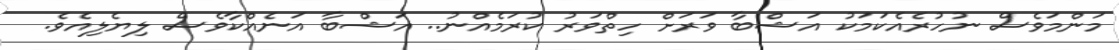
މަންމަވެސް ނުހުރެއެކަމަކު އަޝްބާ ވަރަށް ހިތްވަރު ކުރަމެއްނު.. އަޝްބާ އަނެއްކާވެސް ލިޔެލިއެވެ.